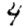
Digit: 4